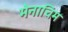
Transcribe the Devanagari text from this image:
मेनाचिम